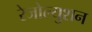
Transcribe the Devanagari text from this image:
रेजोल्युशन